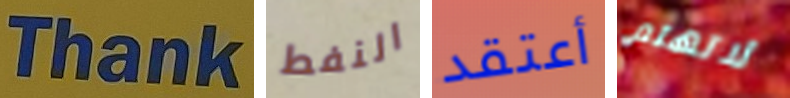
Thank النفط أعتقد لاتهتم